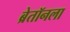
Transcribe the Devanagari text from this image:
ब्रेतॉनला